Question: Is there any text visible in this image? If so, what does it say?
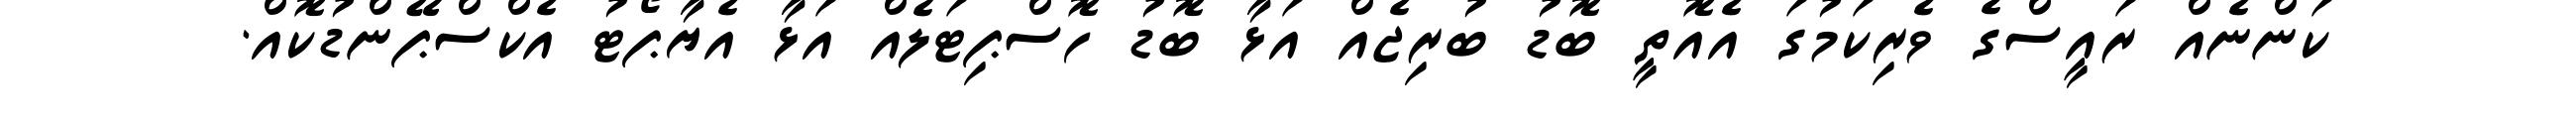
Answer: ކަންނެއް ރައީސްގެ ވެރިކަމުގަ އެއޮތީ ބޮޑު ބުރިޖެއް އަޅާ ބޮޑު ހޮސްޕިޓަލެއް އަޅާ އެޔާޕޯޓު އެކްސްޕޭންޑުކޮއް.